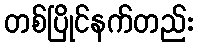
တစ်ပြိုင်နက်တည်း